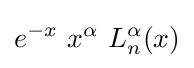
e^{-x}\ x^{\alpha }\ L_{n}^{\alpha }(x)